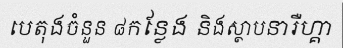
បេតុងចំនួន ៨កន្លែង និងស្ថាបនារឺហ្គា